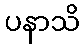
ပနာသိ